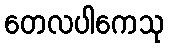
တေလပါကေသု